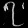
Digit: ၇